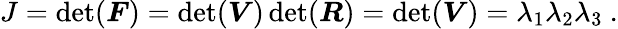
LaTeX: J=\operatorname*{det}({\boldsymbol{F}})=\operatorname*{det}({\boldsymbol{V}})\operatorname*{det}({\boldsymbol{R}})=\operatorname*{det}({\boldsymbol{V}})=\lambda_{1}\lambda_{2}\lambda_{3}~.